Lunatic asylums United Provinces 1899-1908 - 1899-1908
Year: 1899
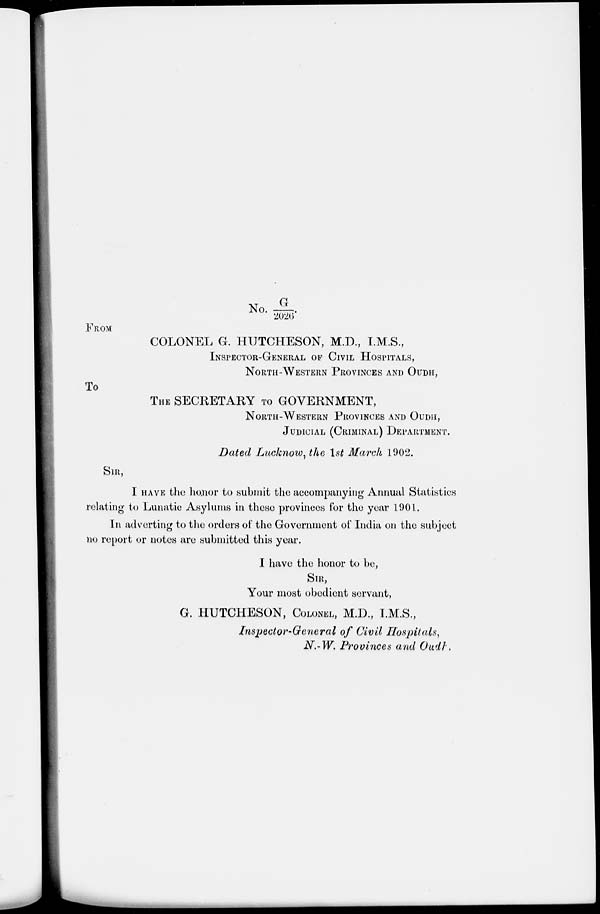
No. G/2026
FROM
COLONEL G. HUTCHESON, M.D., I.M.S.,
INSPECTOR-GENERAL OF CIVIL HOSPITALS,
NORTH-WESTERN PROVINCES AND OUDH,
To
THE SECRETARY TO GOVERNMENT,
NORTH-WESTERN PROVINCES AND OUDH,
JUDICIAL (CRIMINAL) DEPARTMENT.
Dated Lucknow, the 1st March 1902.
SIR,
I HAVE the honor to submit the accompanying Annual Statistics
relating to Lunatic Asylums in these provinces for the year 1901.
In adverting to the orders of the Government of India on the subject
no report or notes are submitted this year.
I have the honor to be,
SIR,
Your most obedient servant,
G. HUTCHESON, COLONEL, M.D., I.M.S.,
Inspector-General
of Civil Hospitals,
N.-W. Provinces and Oudh.